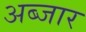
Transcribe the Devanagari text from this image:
अब्जार